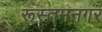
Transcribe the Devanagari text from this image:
रूस्तमनगर